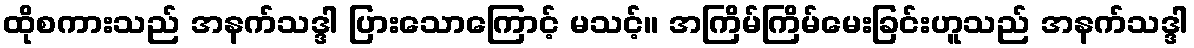
ထိုစကားသည် အနက်သဒ္ဒါ ပြားသောကြောင့် မသင့်။ အကြိမ်ကြိမ်မေးခြင်းဟူသည် အနက်သဒ္ဒါ